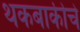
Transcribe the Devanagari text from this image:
थकबाकीचे